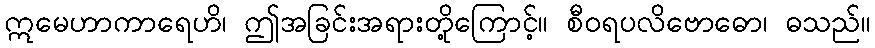
ဣမေဟာကာရေဟိ၊ ဤအခြင်းအရားတို့ကြောင့်။ စီဝရပလိဗောဓော၊ ဓသည်။